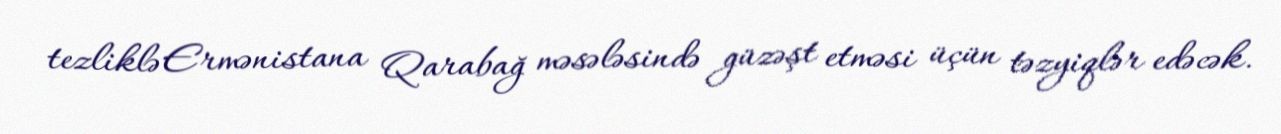
tezliklə Ermənistana Qarabağ məsələsində güzəşt etməsi üçün təzyiqlər edəcək.